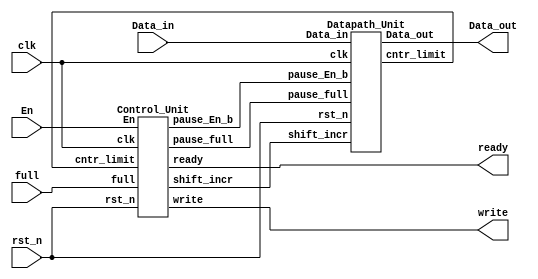
`timescale 1ns / 1ps
//////////////////////////////////////////////////////////////////////////////////
// Company: 
// Engineer: 
// 
// Design Name: 
// Module Name:    Ser_Par_Conv_32 
// Project Name: 
// Target Devices: 
// Tool versions: 
// Description: 
//
// Dependencies: 
//
// Revision: 
// Revision 0.01 - File Created
// Additional Comments: 
//
//////////////////////////////////////////////////////////////////////////////////
module Ser_Par_Conv_32 #(parameter word_width = 32)
					( output [word_width - 1 : 0] Data_out,
					  output                      ready,
					  output                      write,
					  input                       Data_in,
					  input                       En,full,
					  input                       clk,rst_n
						);
						
	wire pause_full,pause_En_b,shift_incr,cntr_limit;
	
	Control_Unit M0_Controller ( .ready(ready),
						    .write(write),
							.shift_incr(shift_incr),
							.cntr_limit(cntr_limit),
							.pause_full(pause_full),
							.pause_En_b(pause_En_b),
							.En(En),
							.full(full),
							.clk(clk),
							.rst_n(rst_n)
							);
							
	Datapath_Unit M1_Datapath ( .Data_out(Data_out),
						   .cntr_limit(cntr_limit),
						   .Data_in(Data_in),
						   .pause_full(pause_full),
						   .pause_En_b(pause_En_b),
						   .shift_incr(shift_incr),
						   .clk(clk),
						   .rst_n(rst_n)
							);


endmodule

module Control_Unit ( output     ready,write,
					  output     pause_En_b,pause_full,shift_incr,
					  input      En,full,clk,rst_n,cntr_limit
						);
				 
	parameter S_IDLE = 0,
			  S_1    = 1,
			  S_2    = 2;
			  
	reg [1:0] state,next_state;
	reg pause_En_b_reg,pause_full_reg,shift_incr_reg;
	assign pause_En_b = pause_En_b_reg;
	assign pause_full = pause_full_reg;
	assign shift_incr = shift_incr_reg;
	
	assign ready = (state == S_IDLE);
	assign write = (state == S_2);
	
	always @(posedge clk,negedge rst_n) begin
		if(!rst_n)
			state <= S_IDLE;
		else
			state <= next_state;
	end
	
	always @(state,En,full,cntr_limit) begin
		
		pause_En_b_reg = 0;
		pause_full_reg = 0;
		shift_incr_reg = 0;
		next_state     = S_IDLE;
		
		case(state)
			
			S_IDLE : begin
				if(En &&(!full)) begin
					next_state     = S_1;
					shift_incr_reg = 1;
				end
				else
					next_state = S_IDLE;
			end
			
			S_1 : begin
				if(full) begin
					next_state     = S_IDLE;
					pause_full_reg = 1;
				end
				else begin
					shift_incr_reg = 1;
					if(cntr_limit)
						next_state = S_2;
					else
						next_state = S_1;
				end
			end
				
			S_2 : begin
				if(En) begin
					shift_incr_reg = 1;
					next_state     = S_1;
				end
				else begin	
					pause_En_b_reg = 1;
					next_state     = S_IDLE;
				end
			end
			
			default : next_state = S_IDLE;
		endcase
		
	end
	
endmodule


module Datapath_Unit #(parameter word_width = 32,cntr_width = 5)
					( output [word_width - 1 : 0] Data_out,
					  output                      cntr_limit,
					  input                       Data_in,
					  input                       pause_En_b,pause_full,shift_incr,
					  input                       clk,rst_n
						);
						
	reg [word_width - 1 : 0] Data_out_reg;
	assign Data_out = Data_out_reg;
	
	reg [cntr_width : 0] cntr;
	
	always @(posedge clk,negedge rst_n) begin
		if(!rst_n)
			cntr <= 0;
		else if(pause_full || pause_En_b)
			cntr <= 0;
		else if(shift_incr)
			cntr <= cntr + 1;
	end
	
	always @(posedge clk,negedge rst_n) begin
		if(!rst_n)
			Data_out_reg <= 0;
		else if(pause_En_b || pause_full)
			Data_out_reg <= 0;
		else if(shift_incr)
			Data_out_reg <= {Data_in,Data_out_reg[word_width - 1 : 1]};
	end
	
	assign cntr_limit = (cntr == word_width - 1);
	
endmodule